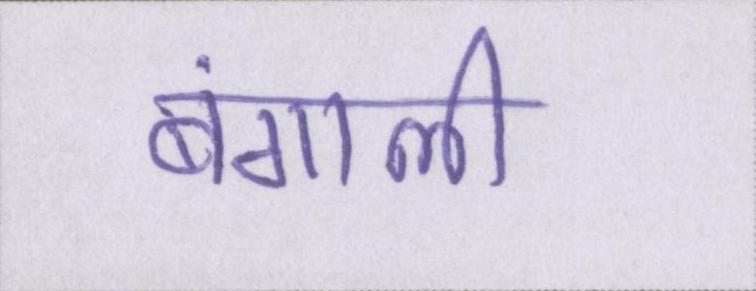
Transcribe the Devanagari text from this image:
बंगाली